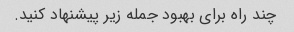
چند راه برای بهبود جمله زیر پیشنهاد کنید.